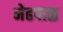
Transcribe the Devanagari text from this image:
मेढपाळ